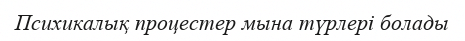
Психикалық процестер мына түрлері болады